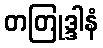
တတြုဒ္ဒါနံ